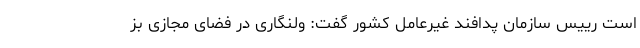
است رییس سازمان پدافند غیرعامل کشور گفت: ولنگاری در فضای مجازی بز